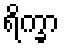
ရိက္ခာ